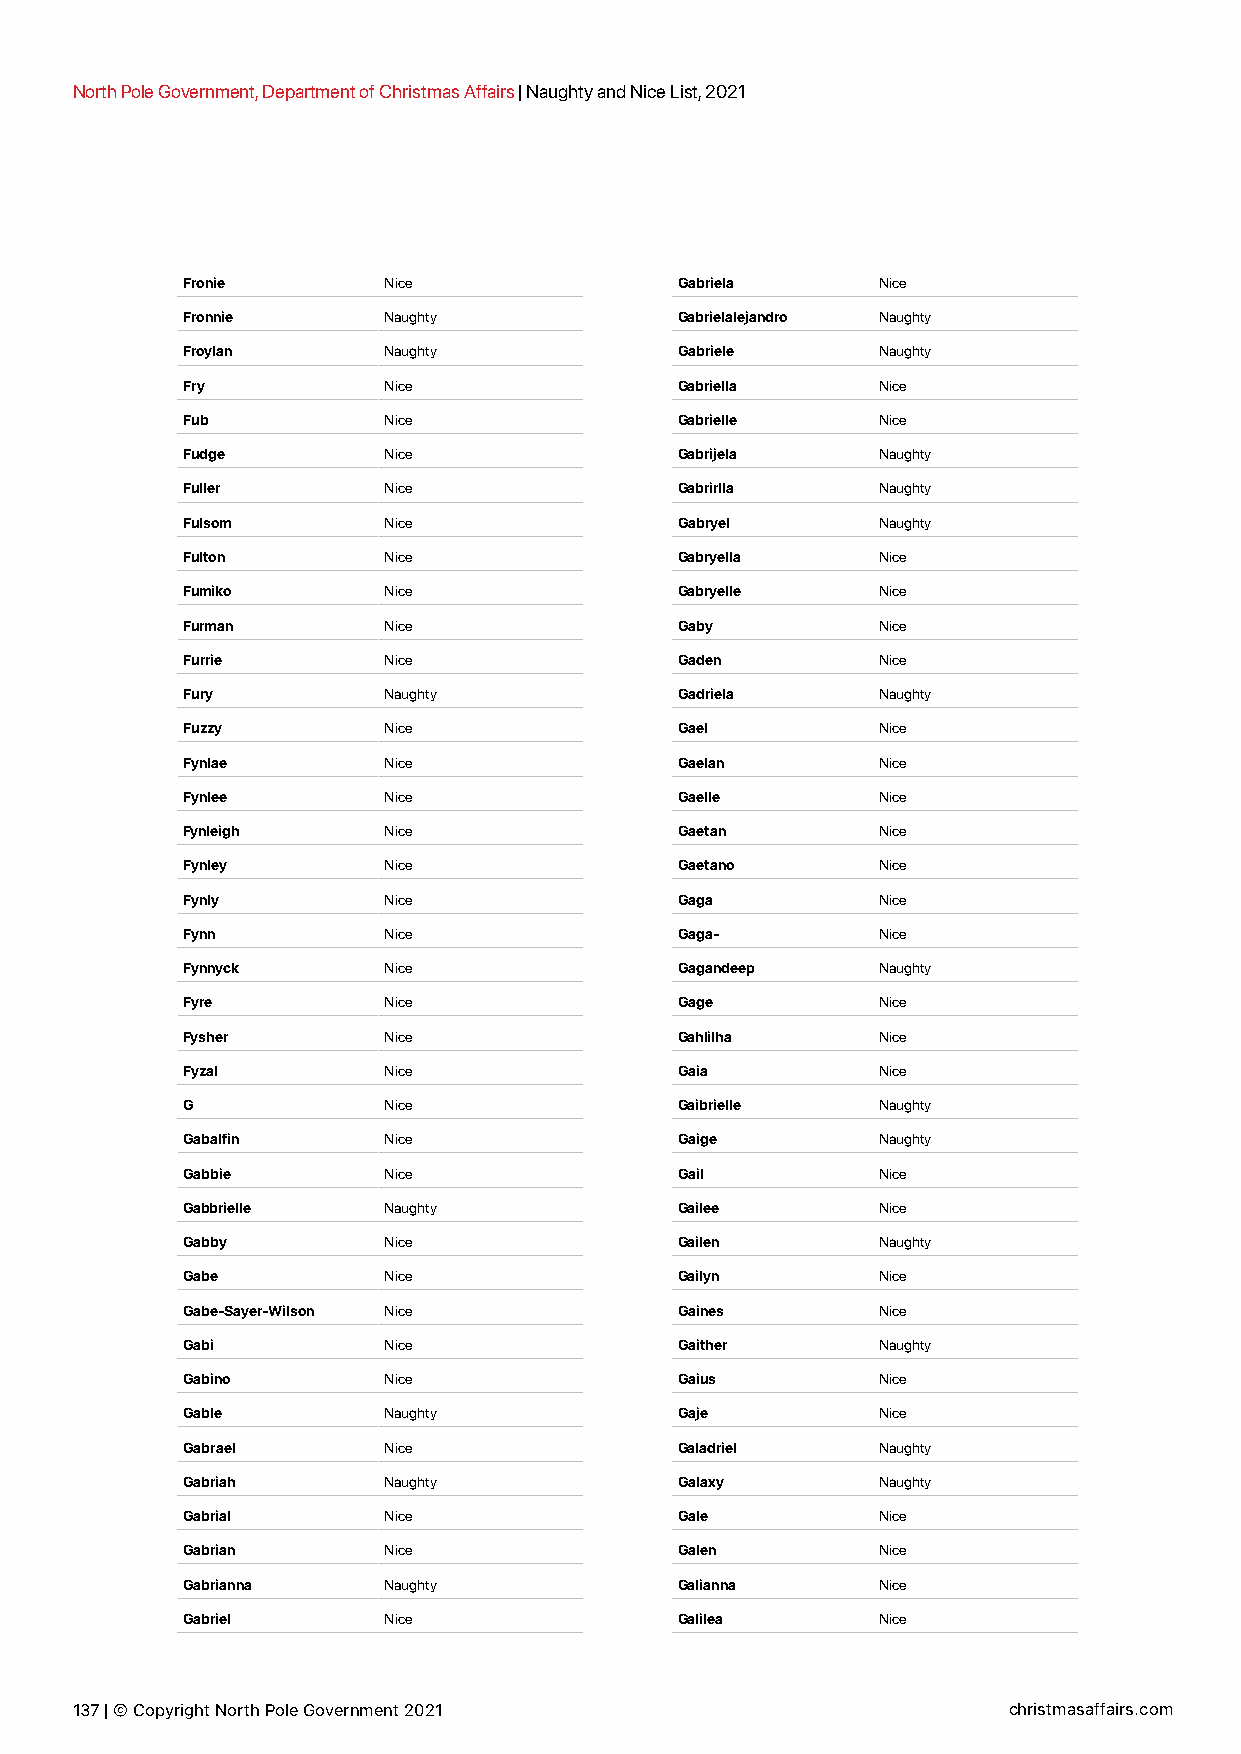
North Pole Government, Department of Christmas Affairs | Naughty and Nice List, 2021
 Fronie       Nice                Gabriela     Nice
 Fronnie      Naughty             Gabrielalejandro Naughty
 Froylan      Naughty             Gabriele     Naughty
 Fry          Nice                Gabriella    Nice
 Fub          Nice                Gabrielle    Nice
 Fudge        Nice                Gabrijela    Naughty
 Fuller       Nice                Gabrirlla    Naughty
 Fulsom       Nice                Gabryel      Naughty
 Fulton       Nice                Gabryella    Nice
 Fumiko       Nice                Gabryelle    Nice
 Furman       Nice                Gaby         Nice
 Furrie       Nice                Gaden        Nice
 Fury         Naughty             Gadriela     Naughty
 Fuzzy        Nice                Gael         Nice
 Fynlae       Nice                Gaelan       Nice
 Fynlee       Nice                Gaelle       Nice
 Fynleigh     Nice                Gaetan       Nice
 Fynley       Nice                Gaetano      Nice
 Fynly        Nice                Gaga         Nice
 Fynn         Nice                Gaga-        Nice
 Fynnyck      Nice                Gagandeep    Naughty
 Fyre         Nice                Gage         Nice
 Fysher       Nice                Gahlilha     Nice
 Fyzal        Nice                Gaia         Nice
 G            Nice                Gaibrielle   Naughty
 Gabalfin     Nice                Gaige        Naughty
 Gabbie       Nice                Gail         Nice
 Gabbrielle   Naughty             Gailee       Nice
 Gabby        Nice                Gailen       Naughty
 Gabe         Nice                Gailyn       Nice
 Gabe-Sayer-Wilson Nice           Gaines       Nice
 Gabi         Nice                Gaither      Naughty
 Gabino       Nice                Gaius        Nice
 Gable        Naughty             Gaje         Nice
 Gabrael      Nice                Galadriel    Naughty
 Gabriah      Naughty             Galaxy       Naughty
 Gabrial      Nice                Gale         Nice
 Gabrian      Nice                Galen        Nice
 Gabrianna    Naughty             Galianna     Nice
 Gabriel      Nice                Galilea      Nice
 137 | © Copyright North Pole Government 2021                  christmasaffairs.com